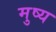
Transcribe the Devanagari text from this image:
मुष्य